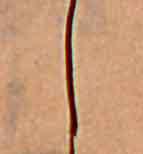
し